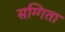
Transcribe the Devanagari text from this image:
सग्गिता